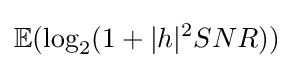
\mathbb {E} (\log _{2}(1+|h|^{2}SNR))